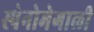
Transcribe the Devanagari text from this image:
स्पेनोमेगाली